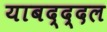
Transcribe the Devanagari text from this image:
याबद्द्दल